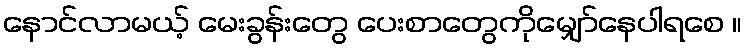
နောင်လာမယ့် မေးခွန်းတွေ ပေးစာတွေကိုမျှော်နေပါရစေ ။